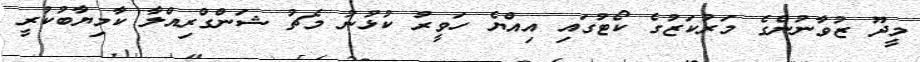
މީދޫ ޒުވާނުންގެ މަރުކަޒުގެ ކޯޓުގައި އިއްޔެ ހަވީރު ކުޅުނު މެޗު ޝަންގްރިއްލާ ކާމިޔާބުކުރީ